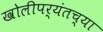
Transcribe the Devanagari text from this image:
खोलीपर्यंतच्या